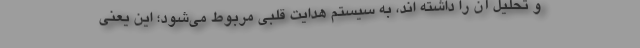
و تحلیل آن را داشته اند، به سیستم هدایت قلبی مربوط می‌شود؛ این یعنی